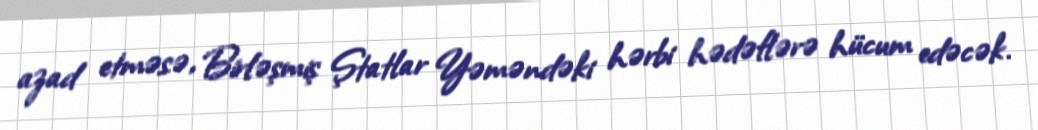
azad etməsə, Birləşmiş Ştatlar Yəməndəki hərbi hədəflərə hücum edəcək.